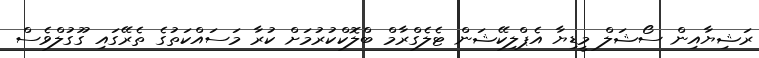
ރަޝިޔާއިން ސޯޝަލް މީޑިޔާ އެޕްލިކޭޝަން ޓެލެގްރާމް ބްލޮކްކުރުމަށް ކުރާ މަސައްކަތުގެ ތެރޭގައި ގޫގުލްވެސް